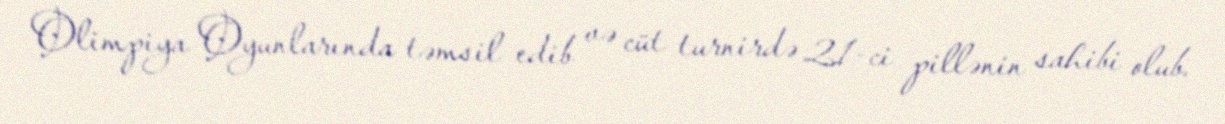
Olimpiya Oyunlarında təmsil edib və cüt turnirdə 21-ci pillənin sahibi olub.